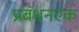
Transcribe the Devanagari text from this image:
प्रबंधनएक